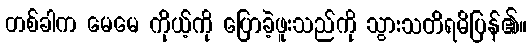
တစ်ခါက မေမေ ကိုယ့်ကို ပြောခဲ့ဖူးသည်ကို သွားသတိရမိပြန်၏။